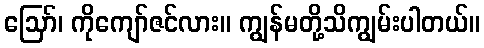
ဪ၊ ကိုကျော်ဇင်လား။ ကျွန်မတို့သိကျွမ်းပါတယ်။